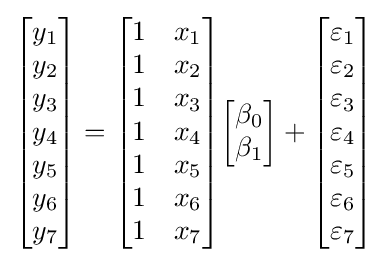
{\begin{bmatrix}y_{1}\\y_{2}\\y_{3}\\y_{4}\\y_{5}\\y_{6}\\y_{7}\end{bmatrix}}={\begin{bmatrix}1&x_{1}\\1&x_{2}\\1&x_{3}\\1&x_{4}\\1&x_{5}\\1&x_{6}\\1&x_{7}\end{bmatrix}}{\begin{bmatrix}\beta _{0}\\\beta _{1}\end{bmatrix}}+{\begin{bmatrix}\varepsilon _{1}\\\varepsilon _{2}\\\varepsilon _{3}\\\varepsilon _{4}\\\varepsilon _{5}\\\varepsilon _{6}\\\varepsilon _{7}\end{bmatrix}}